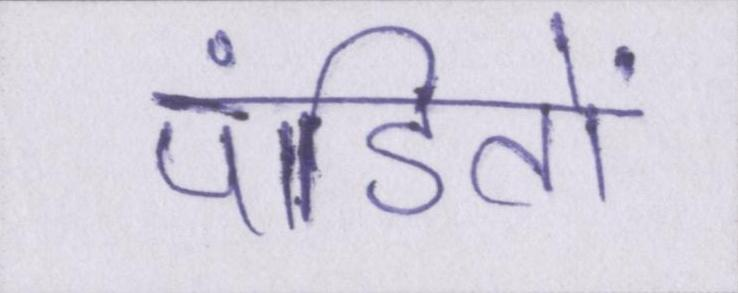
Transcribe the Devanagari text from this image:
पंडितों